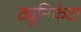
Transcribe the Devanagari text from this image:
ट्यूनिकेटा